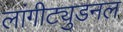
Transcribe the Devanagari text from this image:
लांगीट्युडनल